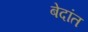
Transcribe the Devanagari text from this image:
बेदांत